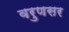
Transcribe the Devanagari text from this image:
वरुणसर